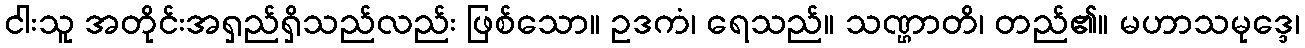
ငါးသူ အတိုင်းအရှည်ရှိသည်လည်း ဖြစ်သော။ ဥဒကံ၊ ရေသည်။ သဏ္ဌာတိ၊ တည်၏။ မဟာသမုဒ္ဒေ၊